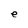
Character: e